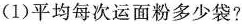
(1)平均每次运面粉多少袋?